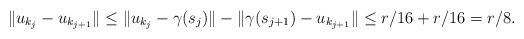
LaTeX: \begin{align*}\|u_{k_j} - u_{k_{j+1}}\| \le \|u_{k_j} - \gamma(s_{j})\| - \|\gamma(s_{j+1}) - u_{k_{j+1}}\| \le r/16 + r/16 = r/8.\end{align*}